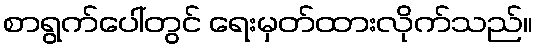
စာရွက်ပေါ်တွင် ရေးမှတ်ထားလိုက်သည်။